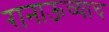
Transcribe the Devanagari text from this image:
रानाऊच्याच